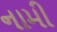
નામી